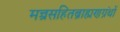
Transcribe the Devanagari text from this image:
मन्त्रसहितब्राह्मणग्रंथों